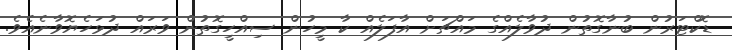
ޑޮކްޓަރުން ބުނާގޮތުން ދުވާލެއްގެ މައްޗަށް އާފަލެއް ކާ މީހުން ސިއްހީގޮތުން ވަރައް ދުޅަހެޔޮވާނެއެވެ.